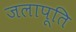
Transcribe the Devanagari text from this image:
जलापूति